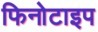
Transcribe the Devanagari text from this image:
फिनोटाइप